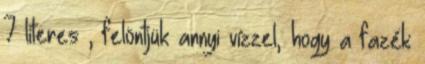
7 literes , felöntjük annyi vízzel, hogy a fazék